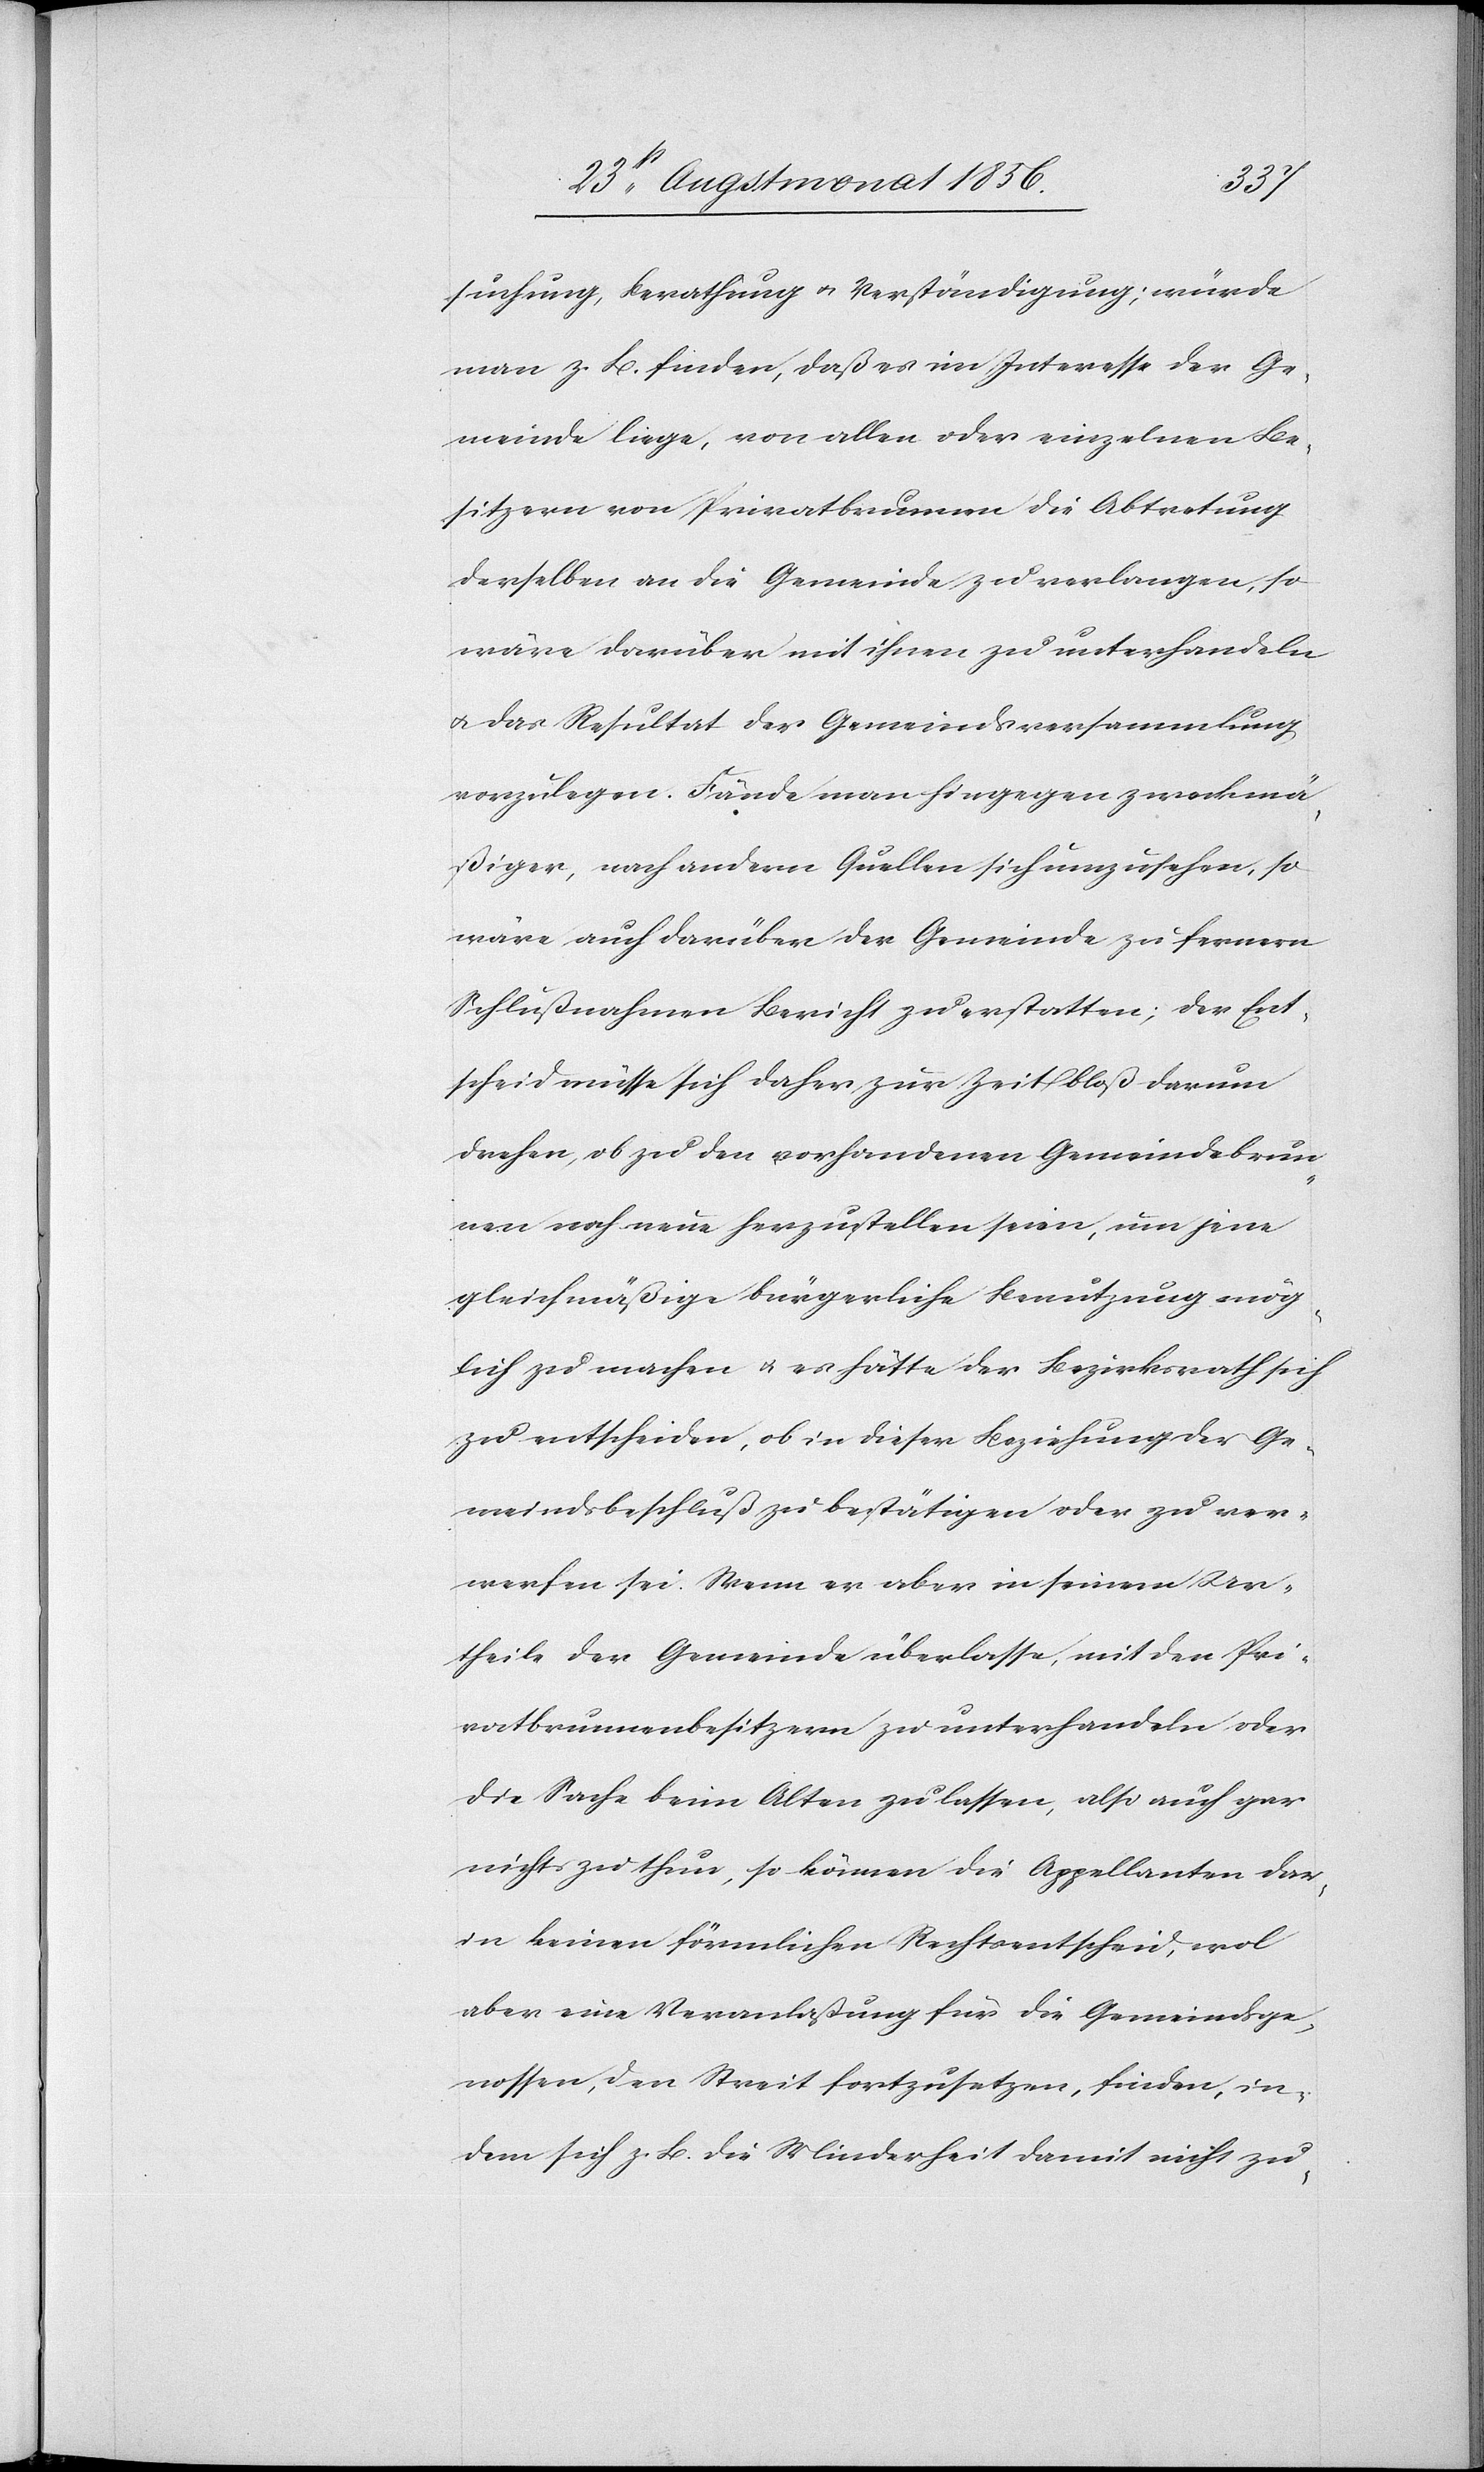
suchung, Berathung u. Verständigung; würde
man z. B. finden, daß es im Interesse der Ge¬
meinde liege, von allen oder einzelnen Be¬
sitzern von Privatbrunnen die Abtretung
derselben an die Gemeinde zu verlangen, so
wäre darüber mit ihnen zu unterhandeln
u. das Resultat der Gemeindsversammlung
vorzulegen. Fände man hingegen zweckmä¬
ßiger, nach andern Quellen sich umzusehen, so
wäre auch darüber der Gemeinde zu fernern
Schlußnahmen Bericht zu erstatten; der Ent¬
scheid müsse sich daher zur Zeit bloß darum
drehen, ob zu den vorhandenen Gemeindebrun¬
nen noch neue herzustellen seien, um jene
gleichmäßige bürgerliche Benutzung mög¬
lich zu machen u. es hätte der Bezirksrath sich
zu entscheiden, ob in dieser Beziehung der Ge¬
meindsbeschluß zu bestätigen oder zu ver¬
werfen sei. Wenn er aber in seinem Ur¬
theile der Gemeinde überlasse, mit den Pri¬
vatbrunnenbesitzern zu unterhandeln oder
die Sache beim Alten zu lassen, also auch gar
nichts zu thun, so können die Appellanten dar¬
in keinen förmlichen Rechtsentscheid, wol
aber eine Veranlaßung für die Gemeindsge¬
nossen, den Streit fortzusetzen, finden, in¬
dem sich z. B. die Minderheit damit nicht zu-